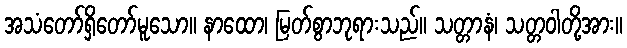
အသံတော်ရှိတော်မူသော။ နာထော၊ မြတ်စွာဘုရားသည်။ သတ္တာနံ၊ သတ္တဝါတို့အား။